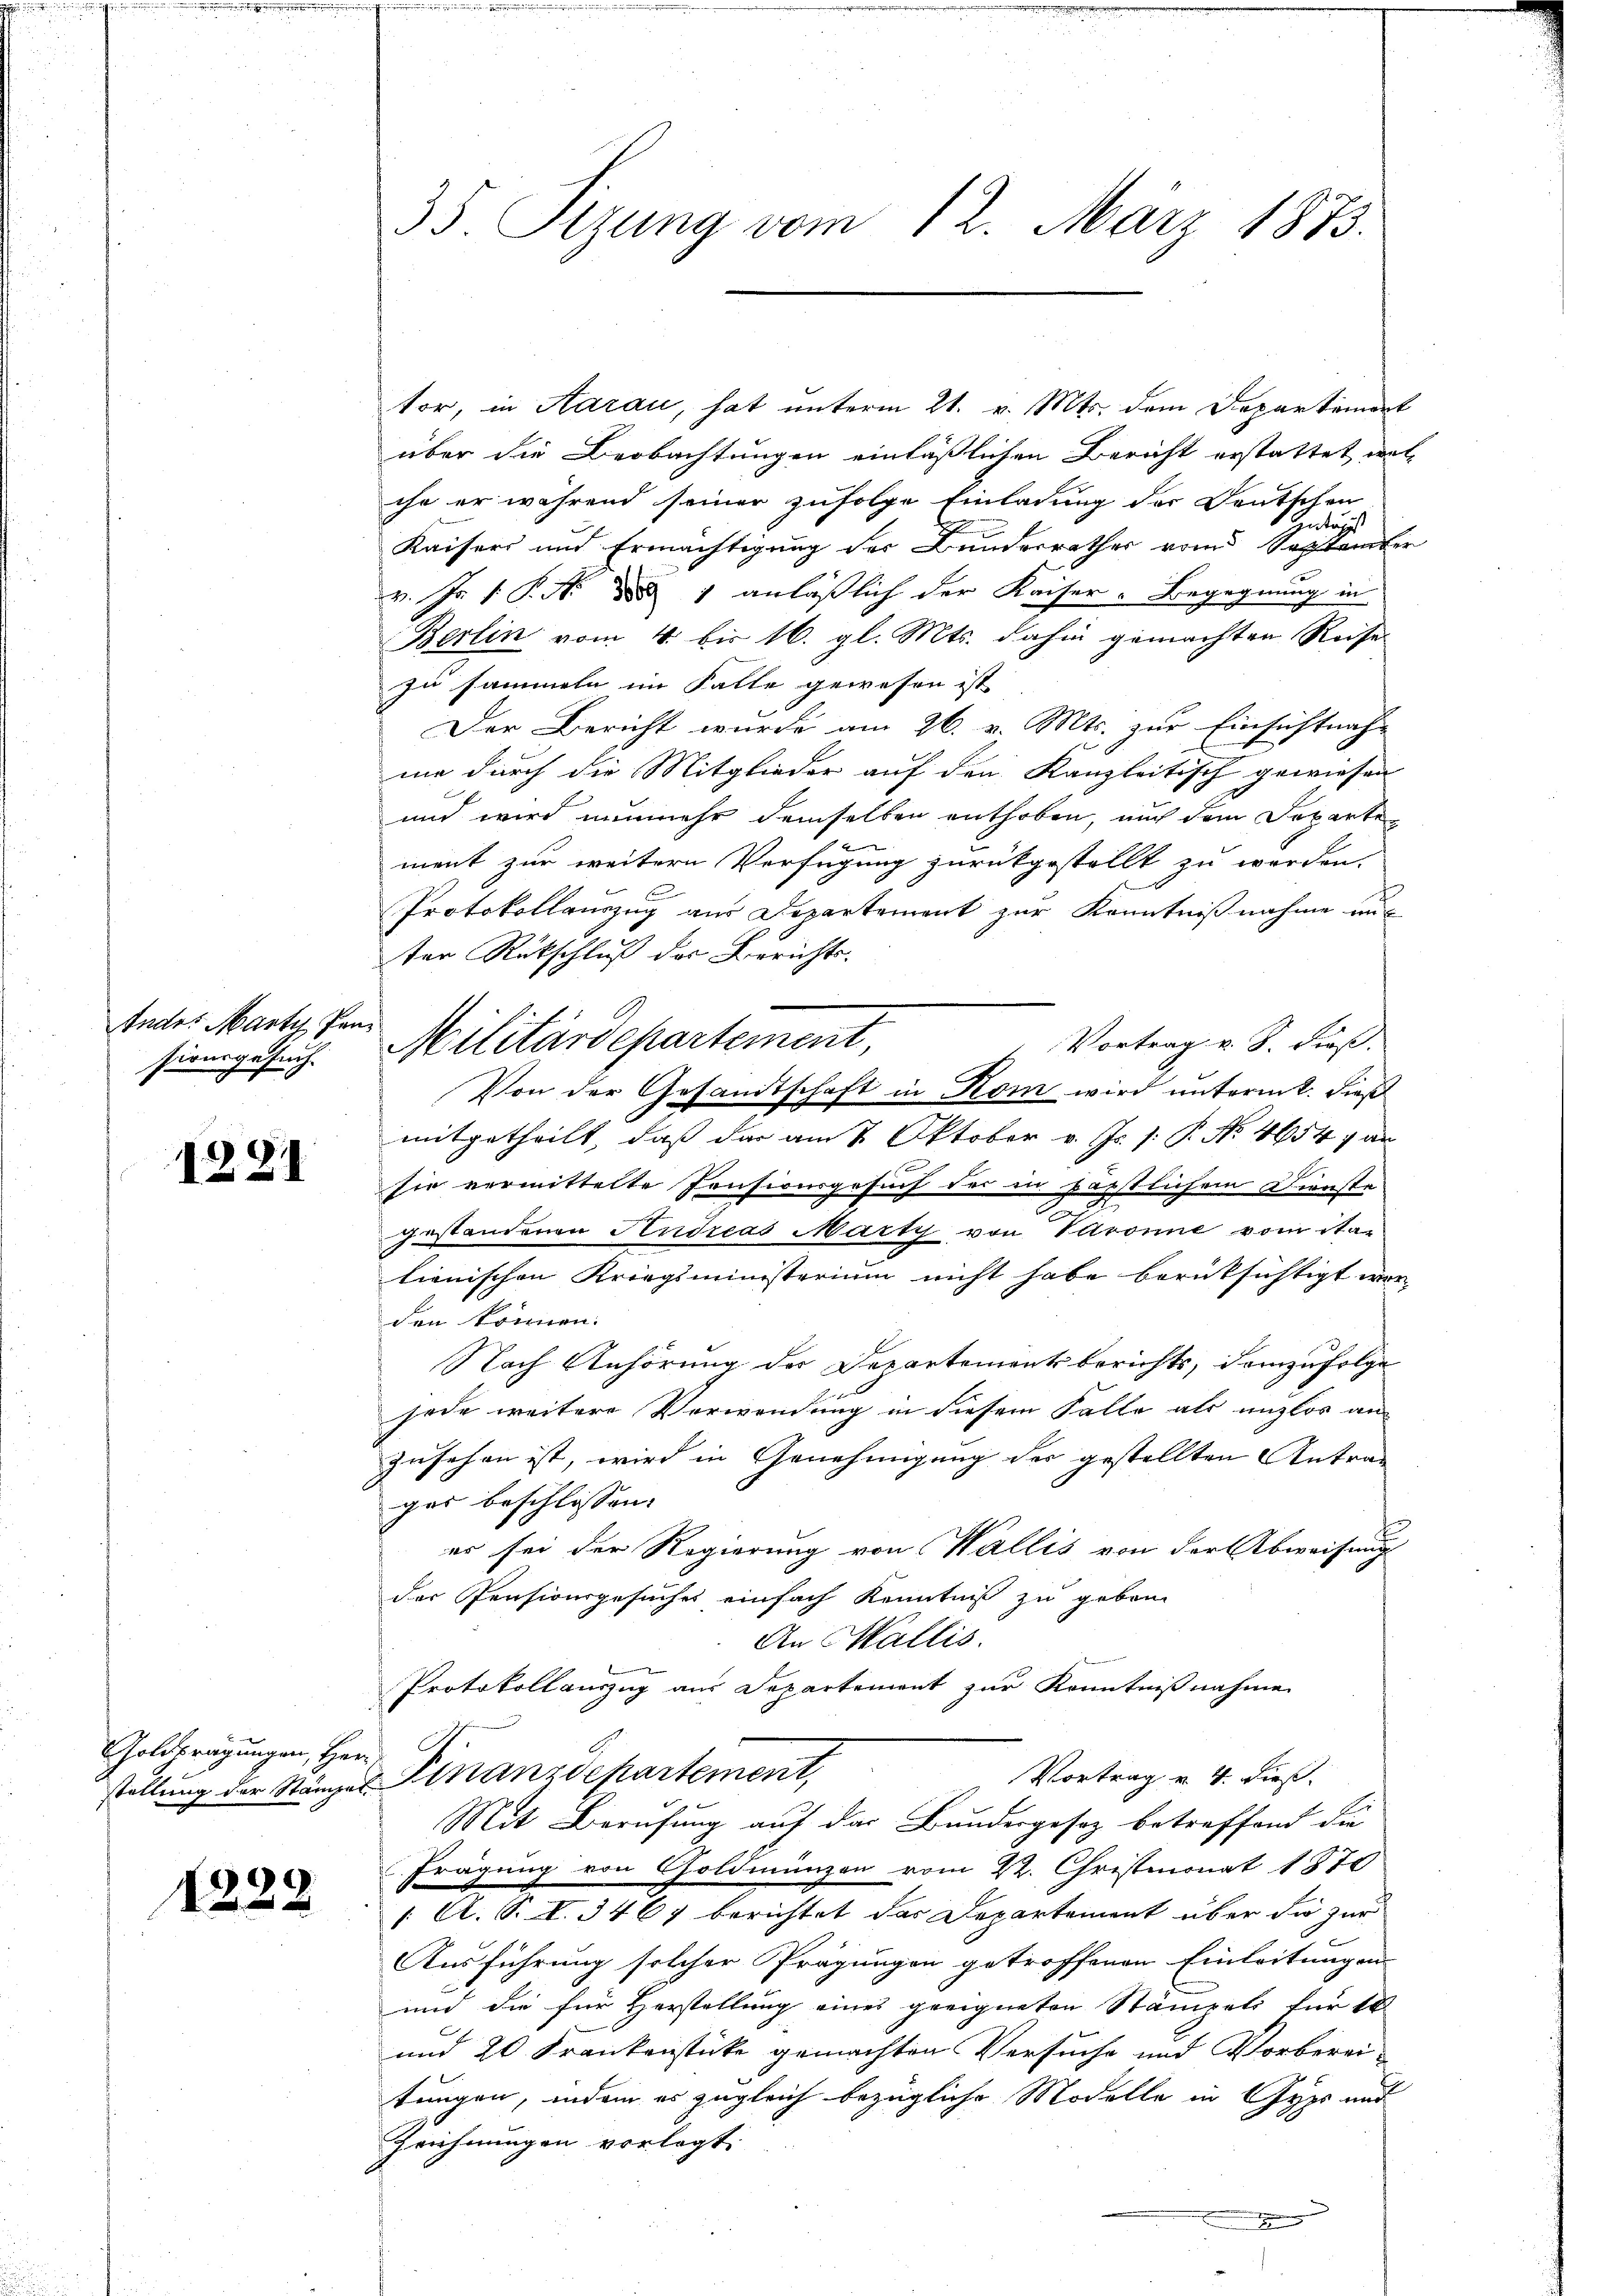
Indr. Marty, Pansionsgesuch.

1281

Goldprägungen, Herr

1222

35. Sitzung vom 12. März 1873.

Militärdepartement,

tor, in Aarau, hat unterm 21. v. Mts. dem Departement
über die Beobachtungen einläßlichen Bericht erstattet wel-
che er während seiner zufolge Einladung der Deutschen
tag
Kaisers und Ermächtigung des Bundesrathes vom September
v. Js. v. P. Nr. 1887 anläßlich der Kaiser-Begegnung in
Berlin vom 4. bis 16. gl. Mts. dahin gemachten Reise
zu sammeln im Falle gewesen ist
Der Bericht wurde am 26. v. Mts. zur Einsichtnah
me durch die Mitglieder auf den Kanzleitisch gewiesen
und wird nunmehr demselben enthoben, auch dem Departe
ment zur weitern Verfügung zurückgestellt zu werden.
b
Protokollauszug aus Departement zur Kenntnißnahme aus
ter Rückschluß der Berichts.
Vortrag v. S. dies. |
Von der Gesandtschaft in Rom wird unterm 2. dieß
mitgetheilt, daß das am 2. Oktober v. Js. s: P. Nr. 4654, an
sie vermittelte Pensionsgesuch des in päpstlichem Dienste
gestandenen Andreas Marty von Paronne vom Sta-
lienischen Kriegsministerium nicht habe berüksichtigt wer-
den können.
Nach Anhörung der Departementsberichts, demzufolge
jode weitere Verwendung in diesem Falle als unzlos an
zusehen ist, wird in Genehmigung des gestellten Antrag
ger beschlossen:
er sei der Regierung von Wallis von der Abweisung
der Pensionsgesuches einfach Kenntniß zu geben
An Wallis.
Protokollauszug aus Departement zur Kenntnißnahme
Vortrag v. 4. dieß.
stellung der Ständer Finanzdepartement,
Mit Berufung auf das Bundesgesez betreffend die
Frägung von Goldmünzen vom 22. Christmonat 1870
1 A. S. I. 3467 berichtet das Departement über die zur
Ausführung solcher Prägungen getroffenen Einleitungen
und die für Herstellung eines geeigneten Stämpels für da
und 20 Frankenstücke gemachten Versuche und Vorberei-
tungen, indem es zugleich bezügliche Modelle in Gyps und
Zeichnungen vorlegt.